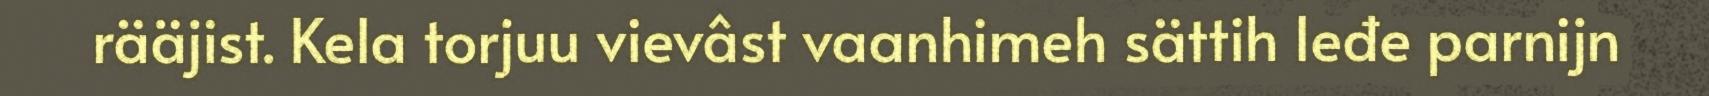
rääjist. Kela torjuu vievâst vaanhimeh sättih leđe parnijn